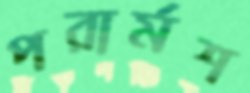
পরার্মশ